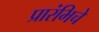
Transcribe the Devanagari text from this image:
प्रारंभिचे